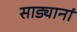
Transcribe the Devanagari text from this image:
साड्यानां